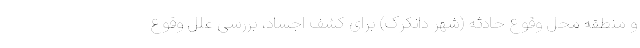
و منطقه محل وقوع حادثه (شهر دانکرک) برای کشف اجساد، بررسی علل وقوع